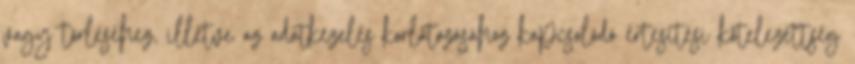
vagy törléséhez, illetve az adatkezelés korlátozásához kapcsolódó értesítési kötelezettség